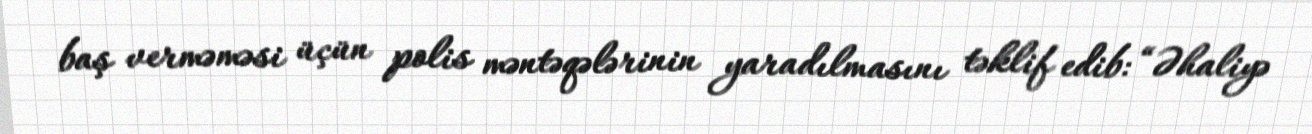
baş verməməsi üçün polis məntəqələrinin yaradılmasını təklif edib: “Əhaliyə